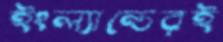
ইংল্যান্ডেরই